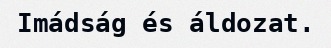
Imádság és áldozat.